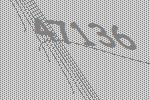
47136